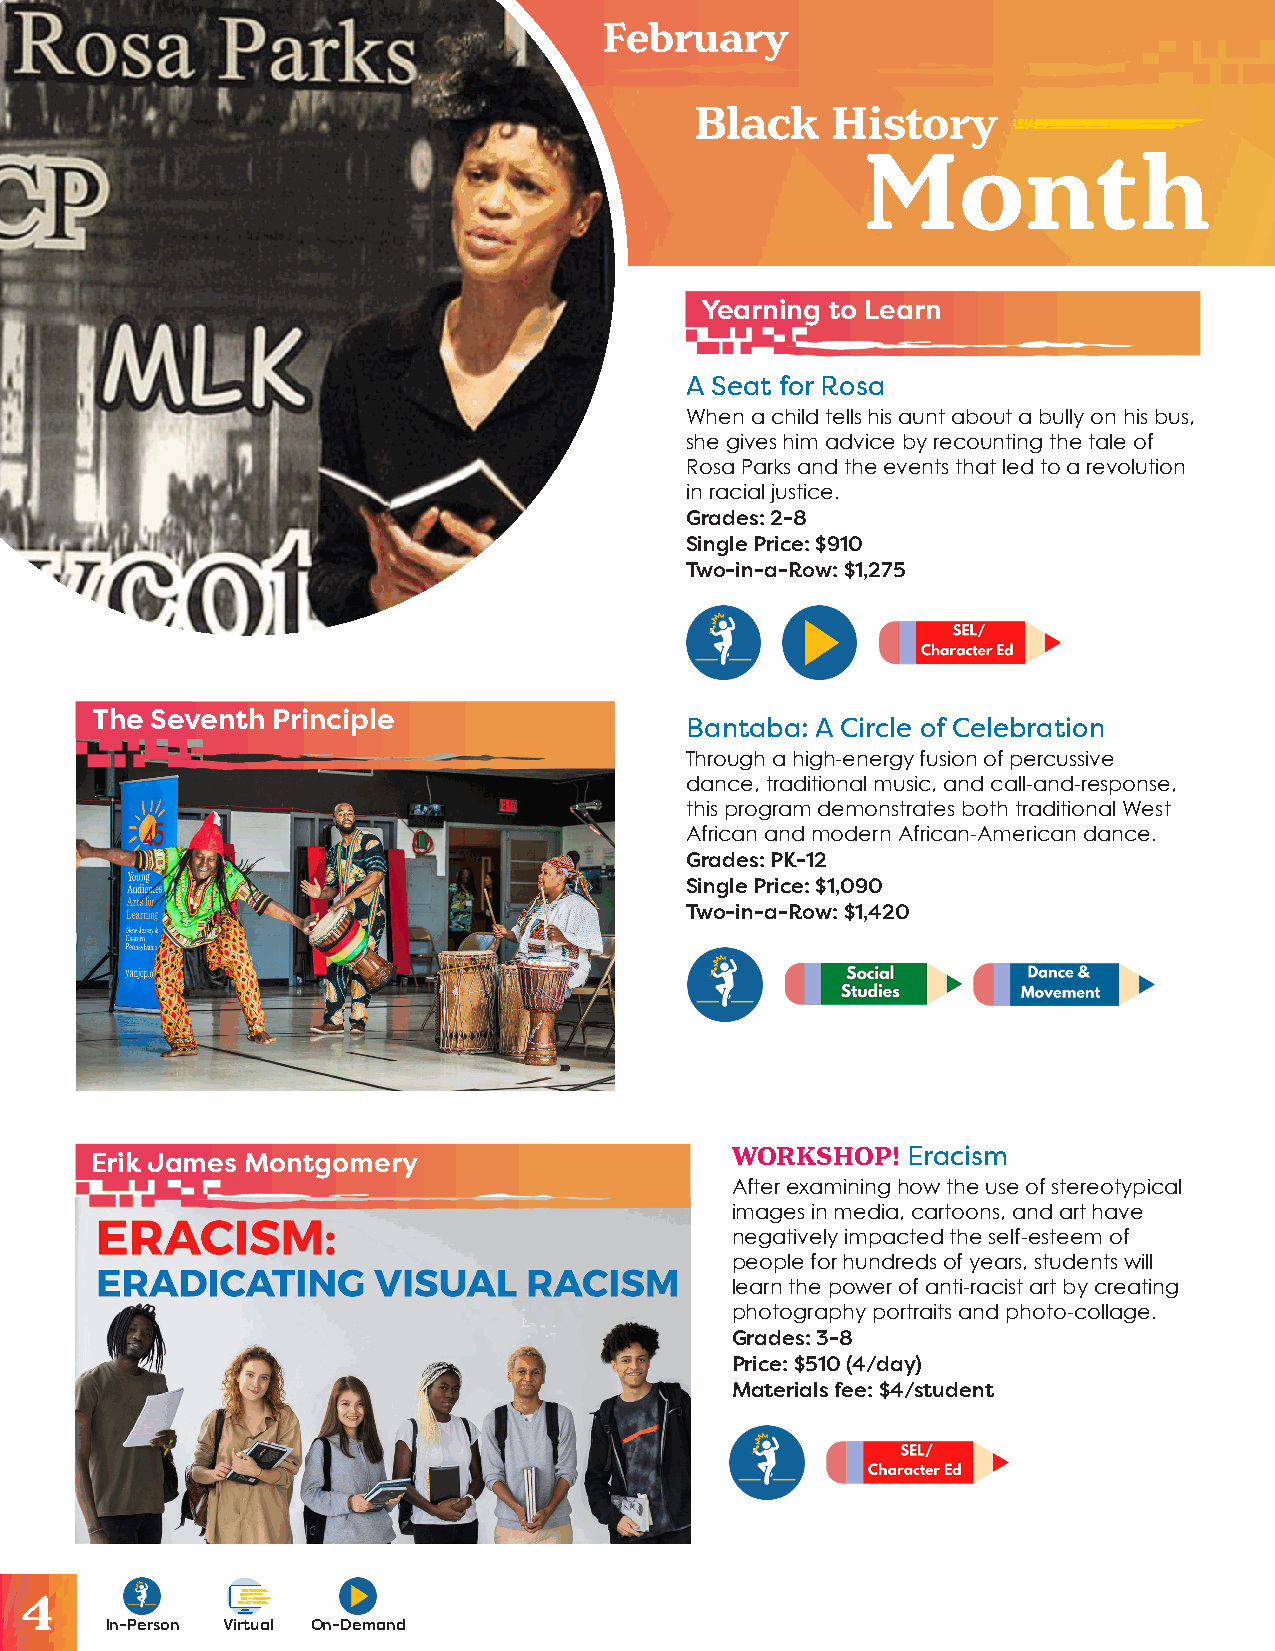
February
 Black    History
 Month
 Yearning to Learn
 A Seat for Rosa
 When a child tells his aunt about a bully on his bus,
 she gives him advice by recounting the tale of
 Rosa Parks and the events that led to a revolution
 in racial justice.
 Grades: 2-8
 Single Price: $910
 Two-in-a-Row: $1,275
 The Seventh Principle
 Bantaba: A Circle of Celebration
 Through a high-energy fusion of percussive
 dance, traditional music, and call-and-response,
 this program demonstrates both traditional West
 African and modern African-American dance.
 Grades: PK-12
 Single Price: $1,090
 Two-in-a-Row: $1,420
 WORKSHOP!   Eracism
 Erik James Montgomery
 After examining how the use of stereotypical
 images in media, cartoons, and art have
 negatively impacted the self-esteem of
 people for hundreds of years, students will
 learn the power of anti-racist art by creating
 photography portraits and photo-collage.
 Grades: 3-8
 Price: $510 (4/day)
 Materials fee: $4/student
 4
 In-Person Virtual On-Demand